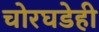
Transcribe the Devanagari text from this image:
चोरघडेही